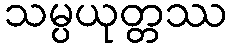
သမ္ပယုတ္တဿ